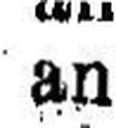
an